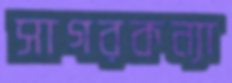
সাগরকন্যা